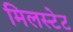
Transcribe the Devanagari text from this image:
मिलस्टेट